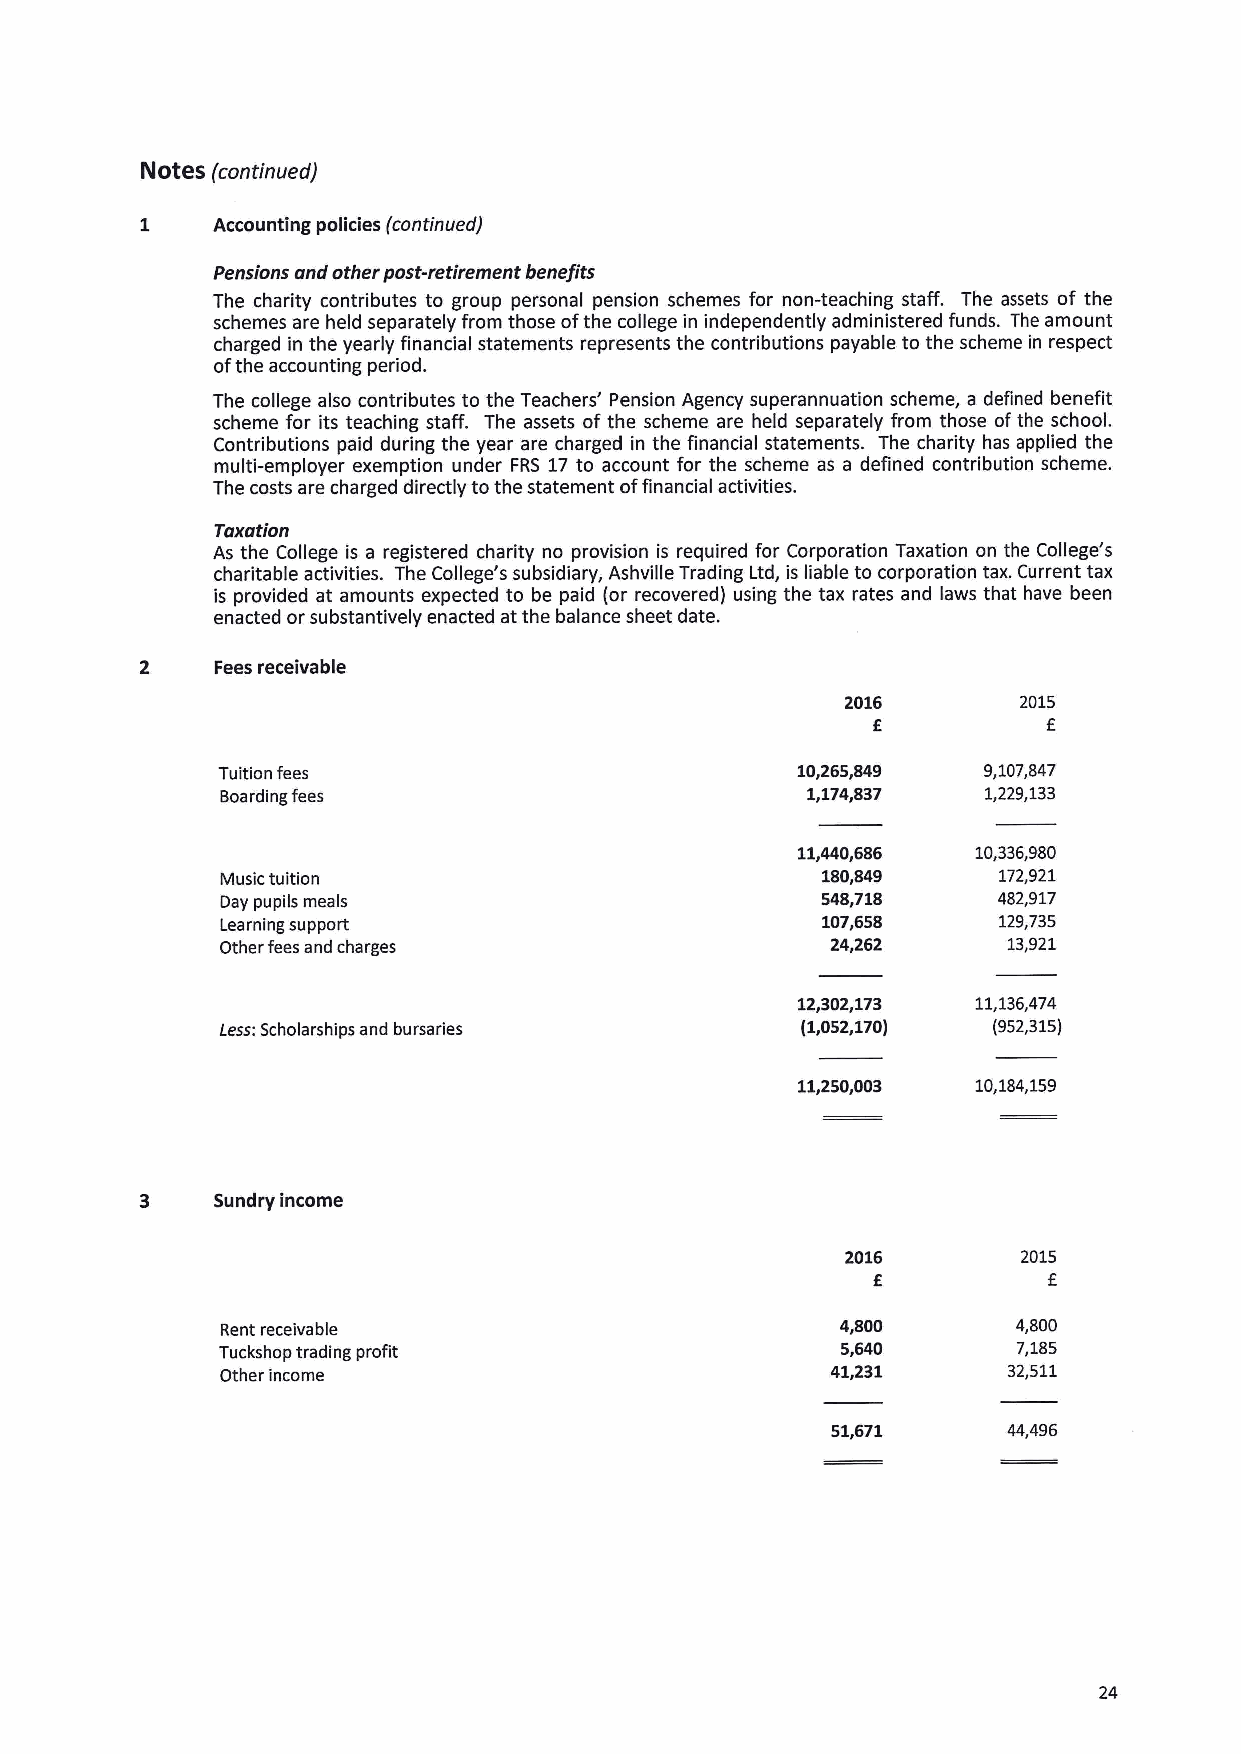
NOteS (continued)
 Accounting policies (continued)
 Pensions and other post-retirement benefits
 The charity contributes to group personal pension schemes for non-teaching staff. The assets of the
 schemes are held separately from those ofthe college in independently administered funds. The amount
 charged in the yearly financial statements represents the contributions payable to the scheme in respect
 ofthe accounting period.
 The college also contributes to the Teachers' Pension Agency superannuation scheme, a defined benefit
 scheme for its teaching staff. The assets of the scheme are held separately from those ofthe school.
 Contributions paid during the year are charged in the financial statements. The charity has applied the
 multi-employer exemption under FRS 17to account for the scheme as a defined contribution scheme.
 The costs are charged directly to the statement offinancial activities.
 Taxation
 As the College is a registered charity no provision is required for Corporation Taxation on the College's
 charitable activities. The College's subsidiary, Ashville Trading Ltd, is liable to corporation tax. Current tax
 is provided at amounts expected to be paid (or recovered) using the tax rates and laws that have been
 enacted orsubstantively enacted at the balance sheet date.
 Fees receivable
 2016       2015
 f
 E
 Tuition fees                           10,265,849  9,107,847
 Boarding fees                         1,174,837   1,229,133
 11,440,686  10,336,980
 Music tuition                          180,849     172,921
 Day pupils meals                       548,718     482,917
 Learning support                       107,658     129,735
 Other fees and charges                  24,262      13,921
 12,302,173  11,136,474
 Less:Scholarships and bursaries       (1,052,170)  (952,315)
 11,250,003  10,184,159
 3    Sundry income
 2016        2015
 f          f
 Rent receivable                          4,800      4,800
 Tuckshop trading profit                   5,640      7,185
 Other income                            41,231      32,511
 51,671      44,496